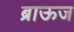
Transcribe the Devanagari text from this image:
ब्राऊज